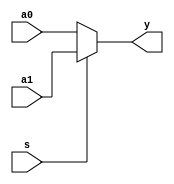
module mux2x1_behavioral_if(y, s, a0, a1);
   input s, a0, a1;
   output y;

   reg 	  y; // y can't be a net.
   
   always @(s or a0 or a1)
     begin
	y = a0;
	if (s)
	  begin
	     y = a1;
	  end
     end

endmodule // mux2x1_behavioral_if